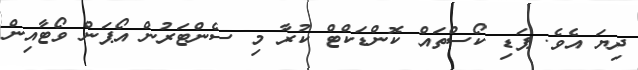
ދިޔަ އެވެ. ޕަޑި ކޯސްތައް ކޮންޑަކްޓް ކުރާ މި ސެންޓަރުން އޯޕަން ވޯޓާއިން